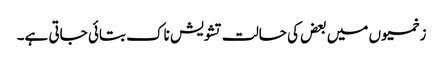
زخمیوں میں بعض کی حالت تشویش ناک بتائی جاتی ہے۔